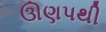
ઊણપથી